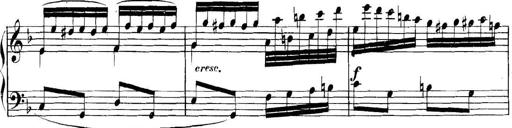
Title: Collected Piano Sonatas
Composer: Muzio Clementi